Tartu_Linna_ja_Maakonna_Kaitseliit, lk 23
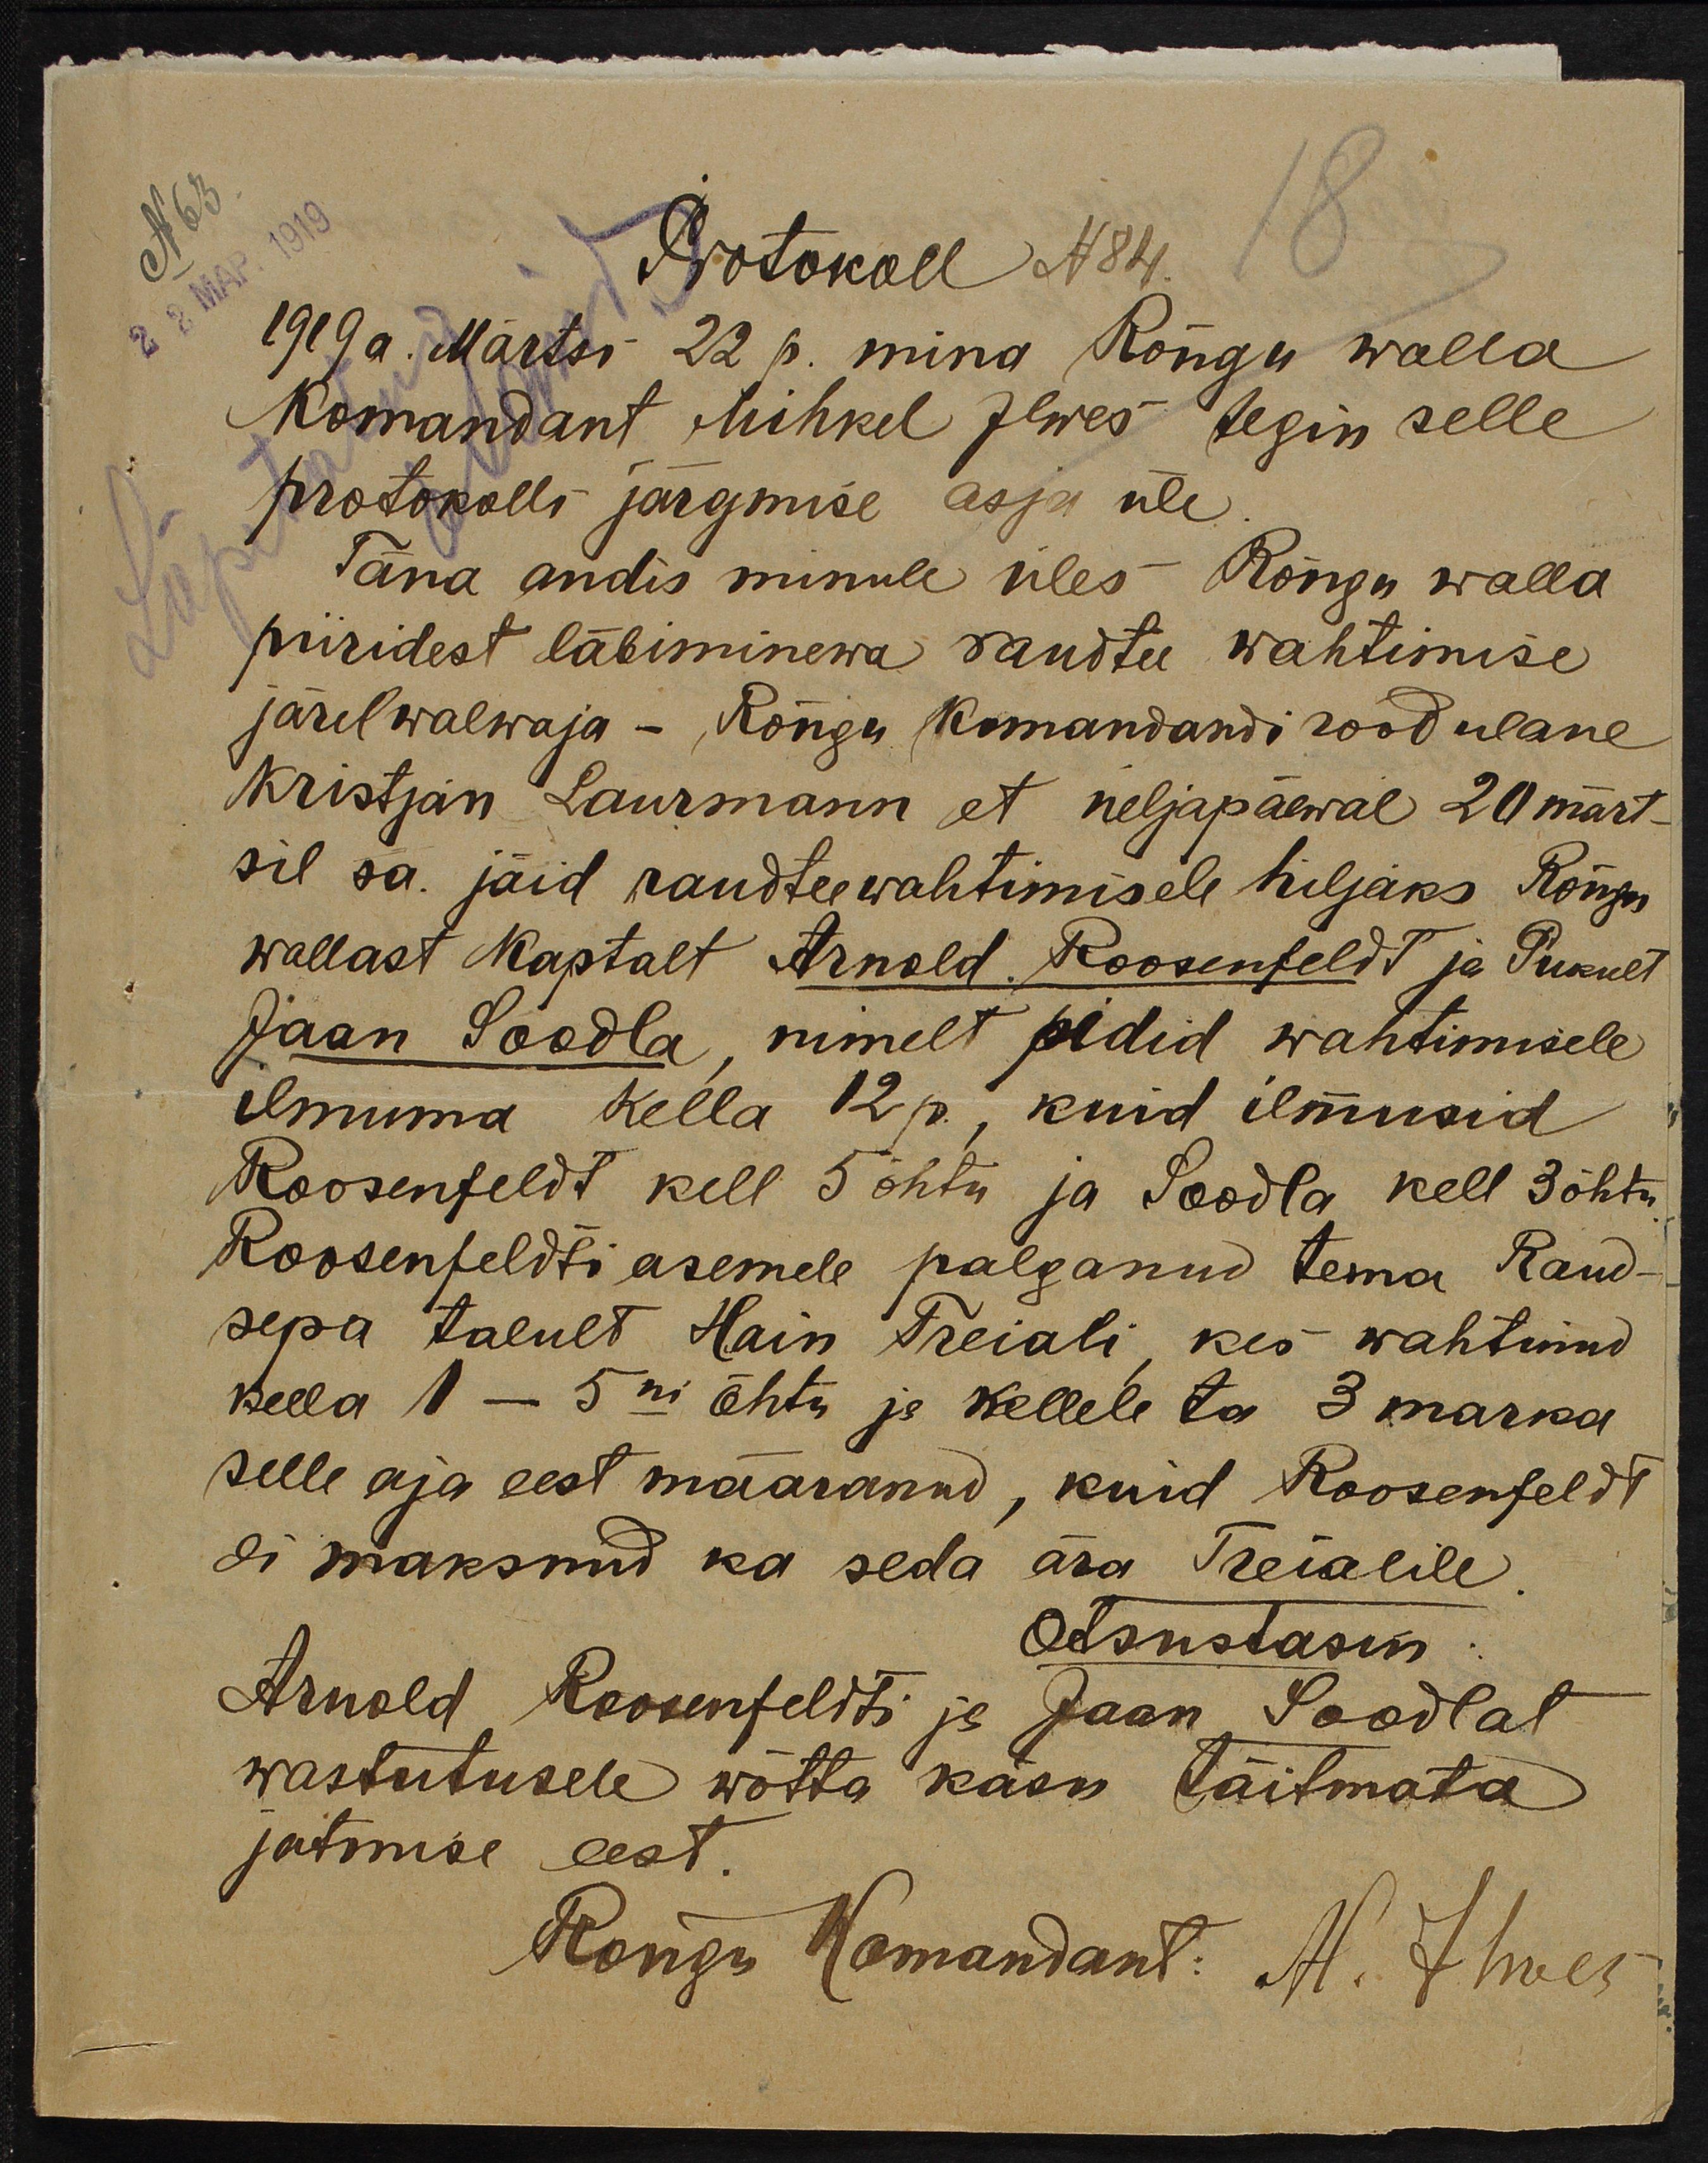
N63
Protokoll N84
1919 a. Märtsi 22 p. mina Rõngu walla
Komandant Mihkel Ilwes tegin selle
protokolli järgmise asja üle
Täna andis minule üles Rõngu walla
piiridest läbiminewa raudtee wahtimise
järelwalwaja - Rõngu komandandi roodulane
Kristjan Laurmann et neljapäewal 20 märt-
sil sa jäid raudteewahtimisele hiljaks Rõngu
wallast Kaptalt Arnold Roosenfeldt ja Pukult
Jaan Soodla, nimelt pidid wahtimisele
ilmuma kella 12p., kuid ilmusid
Roosenfeldt kell 5 õhtu ja Soodla kell 3 õhtu
Roosenfeldti asemele palganud tema Raud-
sepa talult Hain Treiali kes wahtinud
kella 1 - 5ni õhtu ja kellele ta 3 marka
selle aja eest määranud, kuid Roosenfeldt
ei maksnud ka seda ära Treialile
Otsustasin
Arnold Roosenfeldti ja Jaan Soodlat
wastutusele wõtta käsu täitmata
jätmise eest.
Rõngu Komandant: H. Ilves